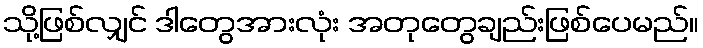
သို့ဖြစ်လျှင် ဒါတွေအားလုံး အတုတွေချည်းဖြစ်ပေမည်။